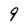
Character: 9